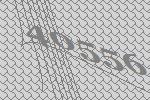
40556